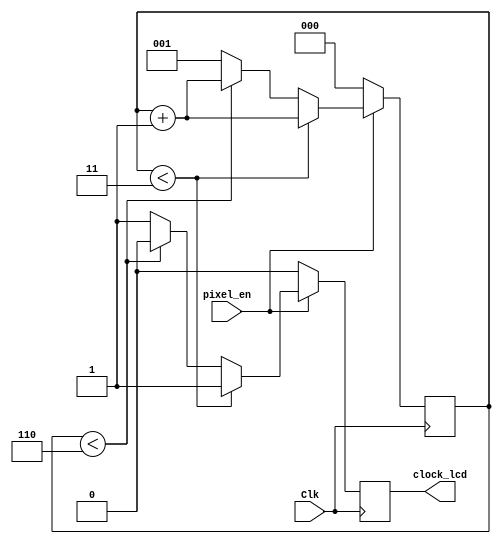
`timescale 1ns / 1ps
//////////////////////////////////////////////////////////////////////////////////
// Company: 
// Engineer: 
// 
// Design Name: 
// Module Name:    clkdiv9 
// Project Name: 
// Target Devices: 
// Tool versions: 
// Description: 
//
// Dependencies: 
//
// Revision: 
// Revision 0.01 - File Created
// Additional Comments: 
//
//////////////////////////////////////////////////////////////////////////////////

module clkdiv9(pixel_en,Clk,clock_lcd);

input Clk,pixel_en;
output reg clock_lcd;
parameter Divisor_DISP = 3;
parameter Bitcnt_DISP = 2;

   
reg [Bitcnt_DISP:0] Cnt_DISP; 


always @ (posedge Clk )
begin 
if (pixel_en==0) 
begin 
clock_lcd<=0; 
Cnt_DISP<=0; 
end 
else 
begin 
if(Cnt_DISP<(Divisor_DISP)) 
begin 
clock_lcd<=1; 
Cnt_DISP<=Cnt_DISP+1'b1; 
end 
else 
begin 
if(Cnt_DISP<((Divisor_DISP)*2)) 
begin 
clock_lcd<=0; 
Cnt_DISP<=Cnt_DISP+1'b1; 
end 
else 
begin 
clock_lcd<=1; 
Cnt_DISP<=1; 
end 
end 
end 
end 


endmodule